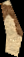
se